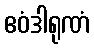
ဧဝံဒါရုဏံ